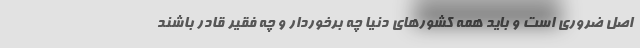
اصل ضروری است و باید همه کشورهای دنیا چه برخوردار و چه فقیر قادر باشند